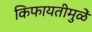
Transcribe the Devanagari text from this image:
किफायतीमुळें